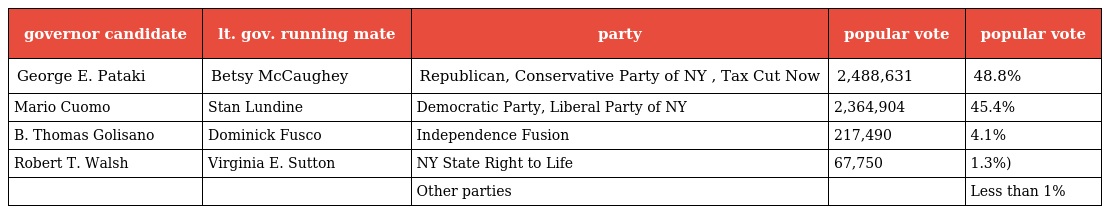
| governor candidate | lt. gov. running mate | party | popular vote | popular vote |
 | --- | --- | --- | --- | --- |
 | George E. Pataki | Betsy McCaughey | Republican, Conservative Party of NY , Tax Cut Now | 2,488,631 | 48.8% |
 | Mario Cuomo | Stan Lundine | Democratic Party, Liberal Party of NY | 2,364,904 | 45.4% |
 | B. Thomas Golisano | Dominick Fusco | Independence Fusion | 217,490 | 4.1% |
 | Robert T. Walsh | Virginia E. Sutton | NY State Right to Life | 67,750 | 1.3%) |
 |  |  | Other parties |  | Less than 1% |